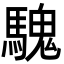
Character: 騩